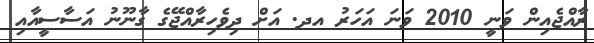
ރާއްޖެއިން ވަނީ 2010 ވަނަ އަހަރު އދ. އަށް ދިވެހިރާއްޖޭގެ ގާނޫނު އަސާސީއާއި